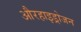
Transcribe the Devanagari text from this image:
औरहाइड्रोजन